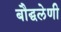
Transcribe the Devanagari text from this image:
बौद्घलेणी